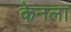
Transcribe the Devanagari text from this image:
केनला